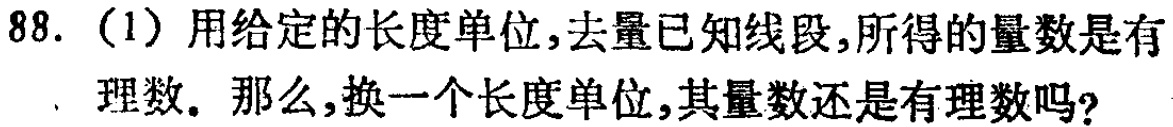
88. (1) 用给定的长度单位，去量已知线段，所得的量数是有理数。那么，换一个长度单位，其量数还是有理数吗？